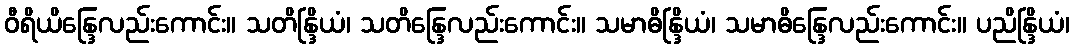
ဝီရိယိန္ဒြေလည်းကောင်း။ သတိန္ဒြိယံ၊ သတိန္ဒြေလည်းကောင်း။ သမာဓိန္ဒြိယံ၊ သမာဓိန္ဒြေလည်းကောင်း။ ပညိန္ဒြိယံ၊